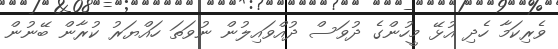
ވެރިކަމާ ހެދި އުޅޭ މީހުންގެ ދުވަސް ދުއްވައިލުން ނުވަތަ ހައްޔަރު ކުރާން ބޭނުން